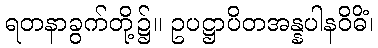
ရတနာခွက်တို့၌။ ဥပဋ္ဌာပိတအန္နပါနဝိဓိံ၊